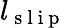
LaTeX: l_{\mathrm{~s~l~i~p~}}